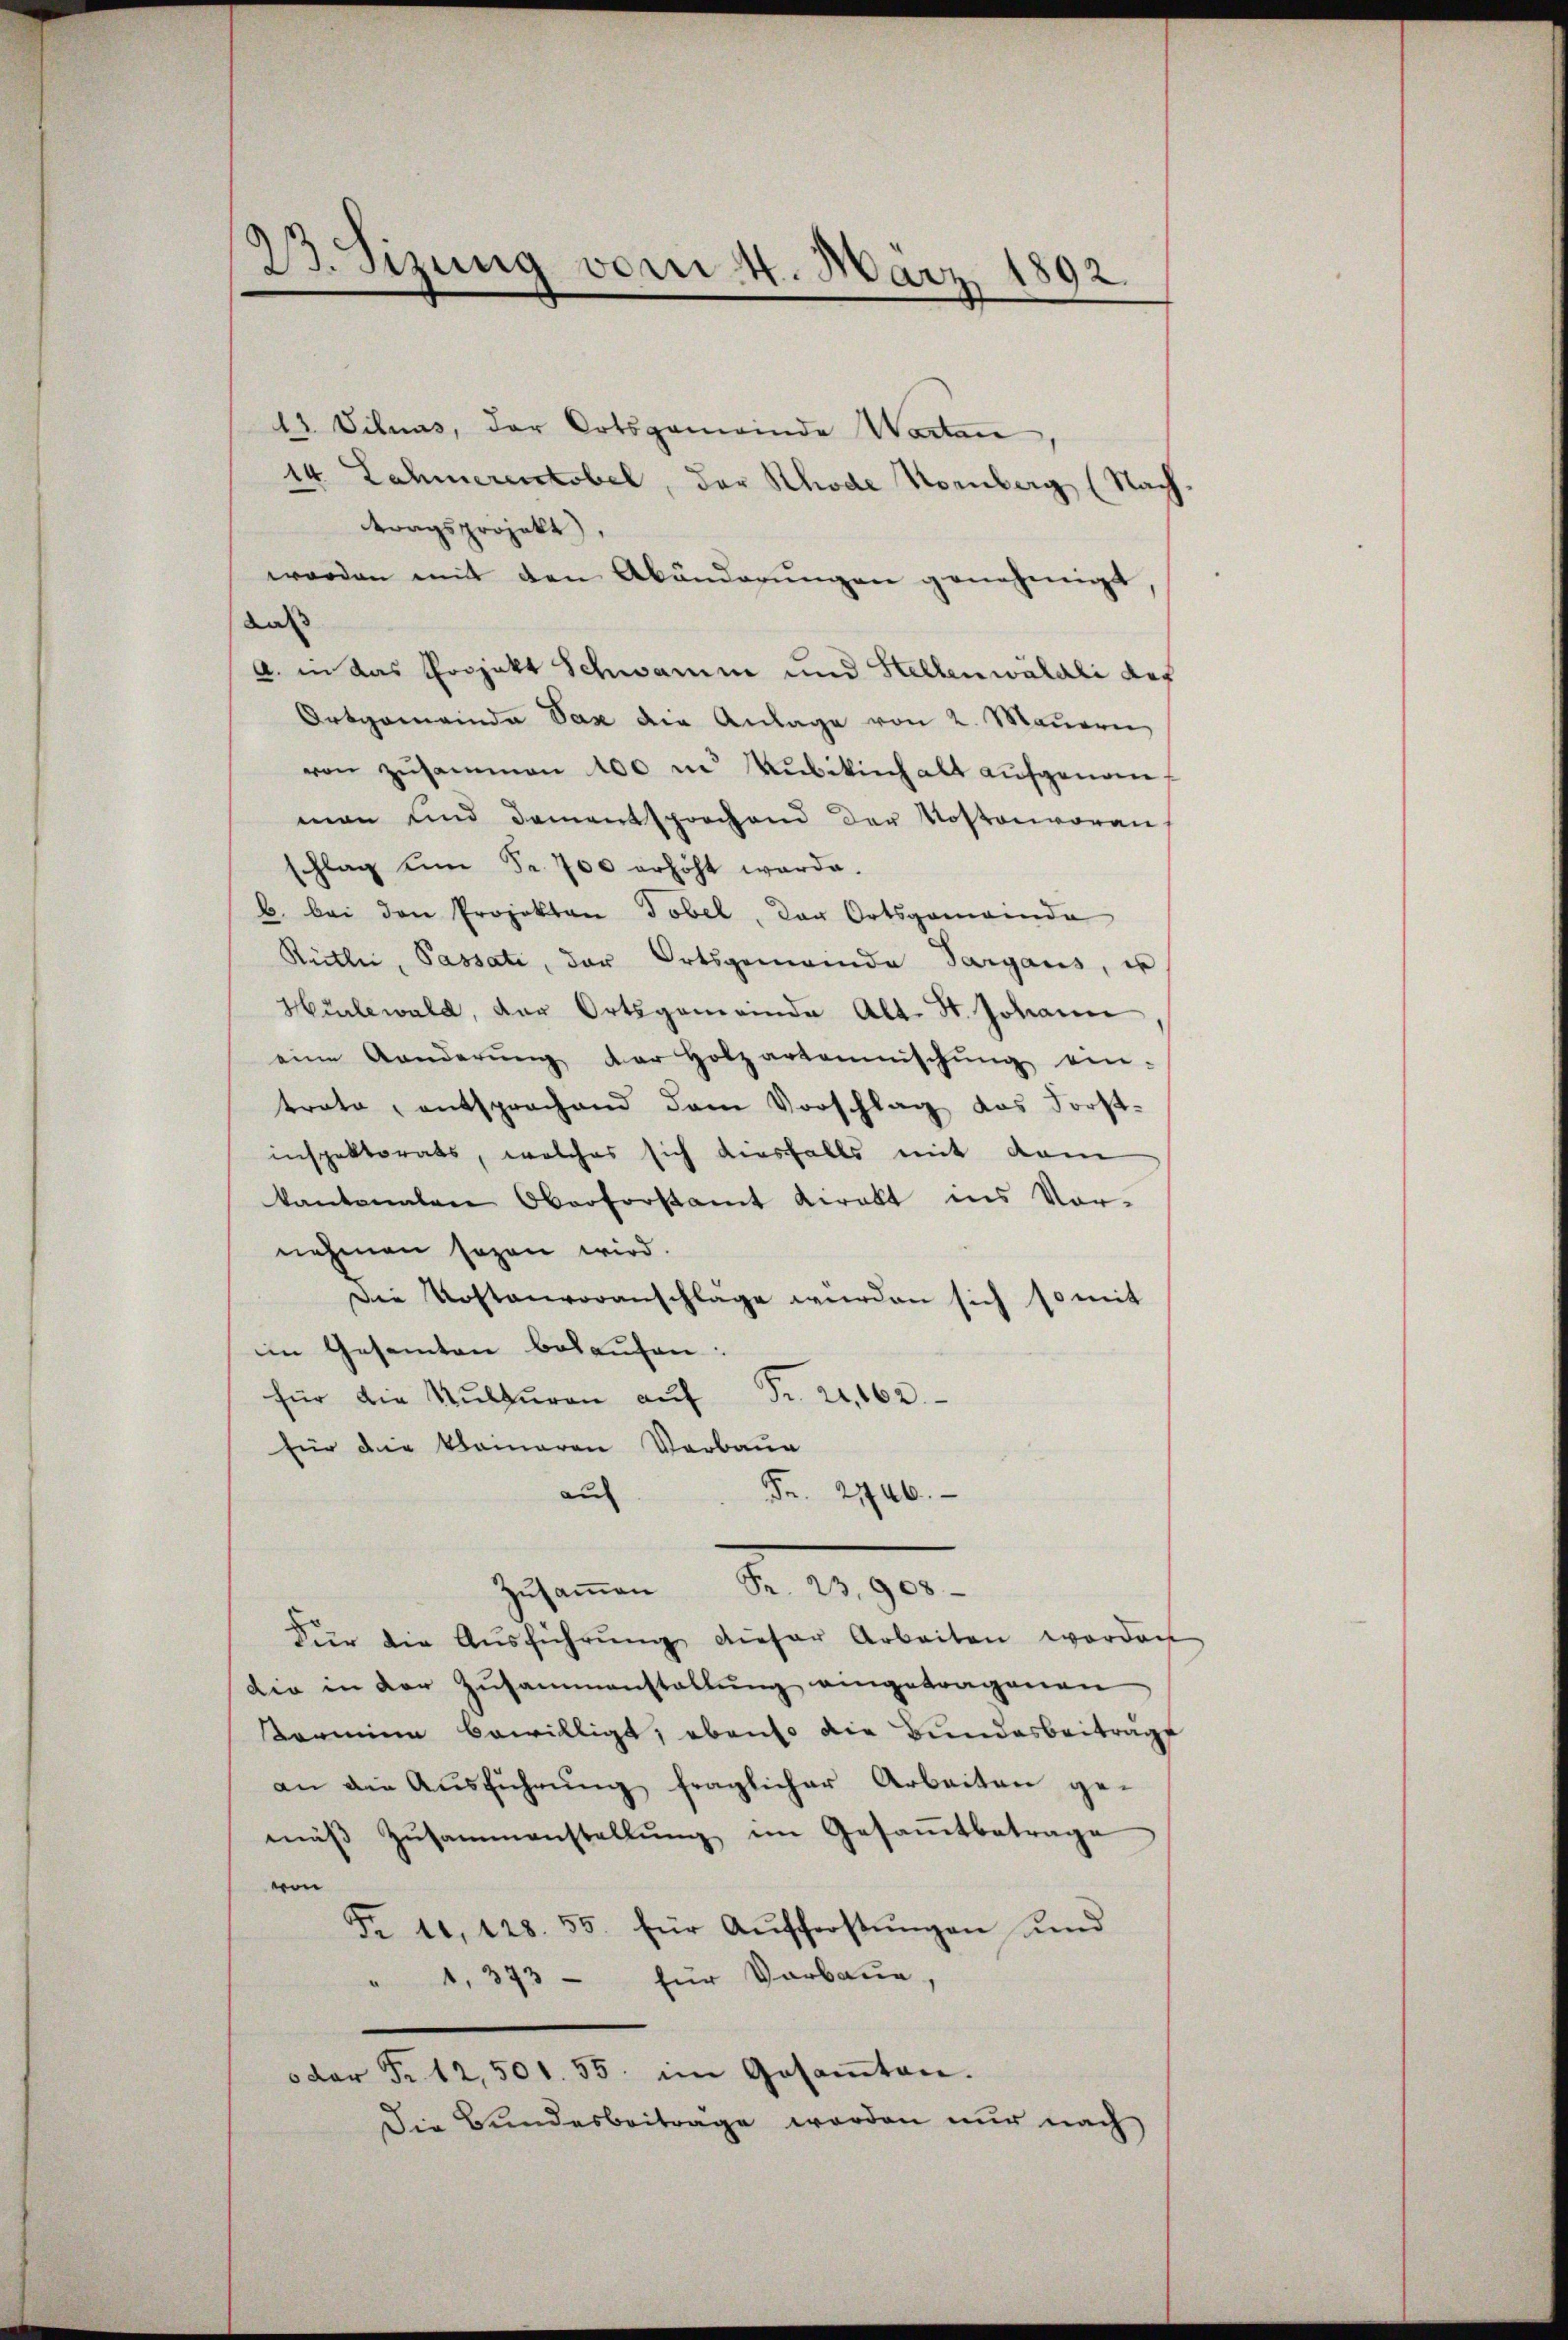
23. Sizung vom 4. März 1892.
e

13 Viluas, der Ortsgemeinde Warten,
14 Lahmerentobel, der Rhode Hornberg (Nachtragsprojekt,
werden mit den Abänderungen genehmigt
das
a. in das Projekt Schwamm und Hellen währli der
Ortgemeinda Sax die Anlage von 2. Maŭern,
von zusammen 100 in Kubikinhalt aufgenomman und Damentsprochend der Kostenvoran
schlag um Fr. 700 erhöht werde.
b. bei den Projekten Tobel, der Ortsgemeinda
Rütli, Passati, der Ortsgemeinde Sargaus, u
Hürlewald, der Ortsgemeinde Abt. St. Johann
eine Aenderŭng der Holzartannischŭng ein-
trato, entsprochend dem Vorschlag das Forst-
inspektorats, welches sich diesfalls mit dem
kantonalen Oberforstamt Kirakt ins Vor-
nehmen sogen wird.
Die Kostenvoranschlage wurden sich so mit
im Gesamten belaufen:
für die Kulturen aŭf Fr. 21,162.
für die kleineren Vorbaue
au
Fr. 2746.
Zŭsaṁen Pr. 23,908.
Für die Aŭsführŭng dieser Arbeiten worden
die in der Zusammenstallung eingetragenen
armina bewilligt, ebenso die Bundesbeitrage
an die Ausführung fraglicher Arbeiten ge-
mäβ Zŭsammenstellŭng im Gesamtbetrage
von
Fr. 10, 128. 55. für Aŭfforstŭngen und
" 1, 373 - für Verbaue,
o der Fr. 12,500. 55. im Gesamten.
Die Bundesbeitrage werden nur nach